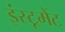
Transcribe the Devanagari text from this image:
इंस्टूमेंट